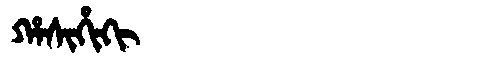
Manchu: ᡥᠠᠰᡳᡥᡳᡴᡳ
Romanization: HASIHIKI